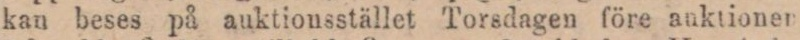
kan beses på auktionsstället Torsdagen före anktionen